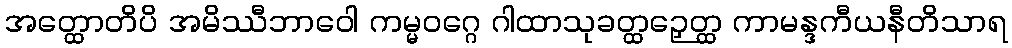
အတ္ထောတိပိ အမိဿီဘာဝေါ ကမ္မဝဂ္ဂေ ဂါထာသုခတ္ထဉှေတ္ထ ကာမန္ဒကီယနီတိသာရ